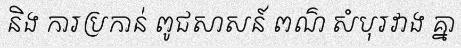
និង ការប្រកាន់ ពូជសាសន៍ ពណ៌ សំបុរវាង គ្នា